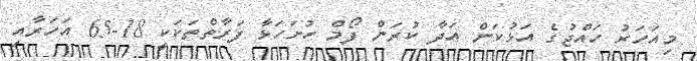
މިއަހަރު ހައްޖުގެ އަޅުކަން އަދާ ކުރަން ފޯމް ހުށަހަޅާ ފަރާތްތަކަކީ 18-65 އަހަރާއި